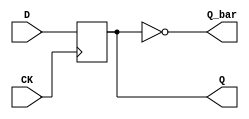
module dff (CK, D, Q, Q_bar);
    input CK, D;
    output Q, Q_bar;
    reg q;
    initial q <= 1'b0;
    always @(posedge CK)
        q <= D;
    assign Q = q;
    assign Q_bar = ~q;
endmodule

module testbench; 
    reg [1:0] CKreg;
    reg D, c; wire CK, Q, Q_bar;
    initial begin
        $monitor("%b CK:%b D:%b Q:%b Q_bar:%b", c, CK, D, Q, Q_bar);
        CKreg <= 2'b0;
        c     <= 1'b0;
        D     <= 1'b1;
        #7 $finish;
    end

    always begin
        #1
        c <= ~c;
        CKreg <= CKreg + 2'b1;
    end
    always #4 D <= ~D;
    assign CK = (CKreg == 2'b1) ? 1'b1 : 1'b0;
    dff inst0 (CK, D, Q, Q_bar);
endmodule